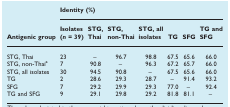
<table><thead><tr><td></td><td colspan="7"><b>Identity (%)</b></td></tr><tr><td><b>Antigenic group</b></td><td><b>Isolates (<i>n</i> = 39)</b></td><td><b>STG, Thai</b></td><td><b>STG, non-Thai</b></td><td><b>STG, all isolates</b></td><td><b>TG</b></td><td><b>SFG</b></td><td><b>TG and SFG</b></td></tr></thead><tbody><tr><td>STG, Thai</td><td>23</td><td>–</td><td>96.7</td><td>98.8</td><td>67.5</td><td>65.6</td><td>66.0</td></tr><tr><td>STG, non-Thaia</td><td>7</td><td>90.8</td><td>–</td><td>96.3</td><td>67.2</td><td>65.7</td><td>66.0</td></tr><tr><td>STG, all isolates</td><td>30</td><td>94.5</td><td>90.8</td><td>–</td><td>67.5</td><td>65.6</td><td>66.0</td></tr><tr><td>TG</td><td>2</td><td>28.6</td><td>29.3</td><td>28.7</td><td>–</td><td>91.4</td><td>93.2</td></tr><tr><td>SFG</td><td>7</td><td>29.2</td><td>29.9</td><td>29.3</td><td>77.0</td><td>–</td><td>92.4</td></tr><tr><td>TG and SFG</td><td>9</td><td>29.1</td><td>29.8</td><td>29.2</td><td>81.8</td><td>81.1</td><td>–</td></tr></tbody></table>